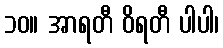
၁၀။ အာရတီ ဝိရတီ ပါပါ၊